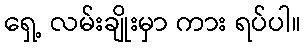
ရှေ့ လမ်းချိုးမှာ ကား ရပ်ပါ။